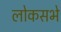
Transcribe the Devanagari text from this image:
लोकसभे